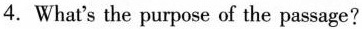
4.What's the purpose of the passage?